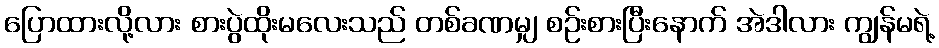
ပြောထားလို့လား စားပွဲထိုးမလေးသည် တစ်ခဏမျှ စဉ်းစားပြီးနောက် အဲဒါလား ကျွန်မရဲ့